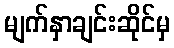
မျက်နှာချင်းဆိုင်မှ